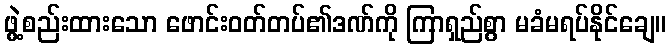
ဖွဲ့စည်းထားသော ဖောင်းဝတ်တပ်၏ဒဏ်ကို ကြာရှည်စွာ မခံမရပ်နိုင်ချေ။